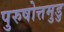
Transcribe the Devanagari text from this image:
पुरुषोत्तमुडु